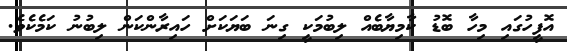
އޮފީހުގައި މިހާ ބޮޑު ކާމިޔާބެއް ލިބުމަކީ ގިނަ ބަޔަކަށް ހައިރާންކަން ލިބުނު ކަމެކެވެ.